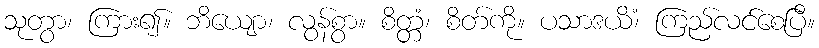
သုတွာ၊ ကြား၍။ ဘိယျော၊ လွန်စွာ။ စိတ္တံ၊ စိတ်ကို။ ပသာဒယိံ၊ ကြည်လင်စေပြီ။